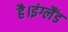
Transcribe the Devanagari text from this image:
है।इंग्लैंड